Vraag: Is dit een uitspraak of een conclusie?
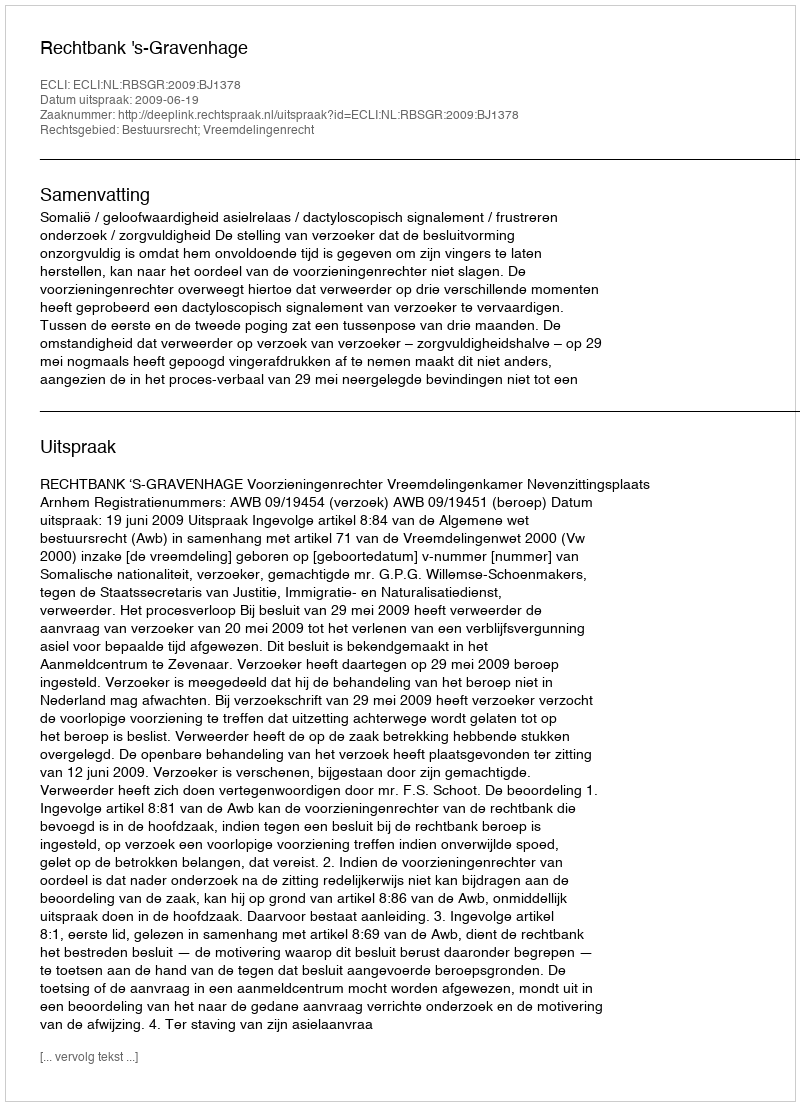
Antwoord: Uitspraak